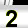
Digit: 2